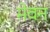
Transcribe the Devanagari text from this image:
मेवन